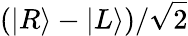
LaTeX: (|R\rangle-|L\rangle)/{\sqrt{2}}